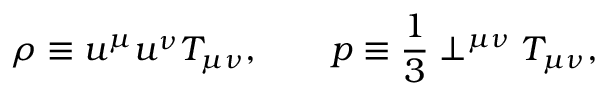
\rho \equiv u ^ { \mu } u ^ { \nu } T _ { \mu \nu } , \qquad p \equiv \frac { 1 } { 3 } \perp ^ { \mu \nu } T _ { \mu \nu } ,